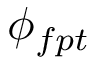
\phi _ { f p t }